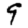
Digit: 9